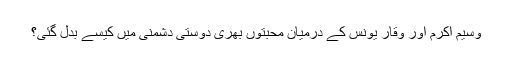
وسیم اکرم اور وقار یونس کے درمیان محبتوں بھری دوستی دشمنی میں کیسے بدل گئی؟